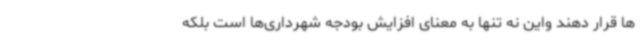
ها قرار دهند واین نه تنها به معنای افزایش بودجه شهرداری‌ها است بلکه